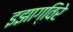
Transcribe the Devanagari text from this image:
इझाग्विरे